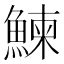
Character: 鰊